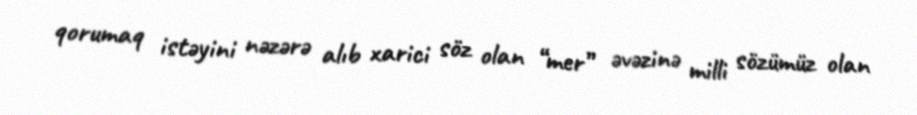
qorumaq istəyini nəzərə alıb xarici söz olan “mer” əvəzinə milli sözümüz olan